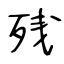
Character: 残